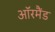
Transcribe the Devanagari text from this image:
ऑरमैंड